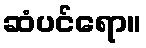
ဆံပင်ရော။